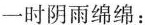
一时阴雨绵绵：